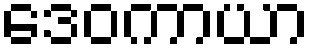
ဒေဝကာယာ